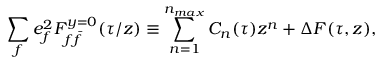
\sum _ { f } e _ { f } ^ { 2 } { \cal F } _ { f \bar { f } } ^ { y = 0 } ( \tau / z ) \equiv \sum _ { n = 1 } ^ { n _ { m a x } } C _ { n } ( \tau ) z ^ { n } + \Delta { \cal F } ( \tau , z ) ,